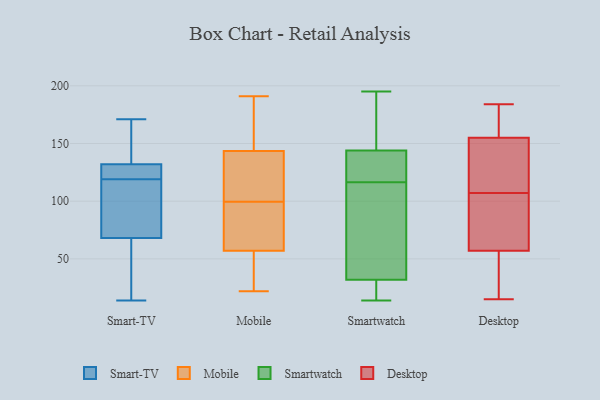
{"axis": {"x": "Humidity (%)", "y": "Value"}, "legend": ["Desktop", "Mobile", "Smart-TV", "Smartwatch"], "data": [{"x": "", "y": 128, "type": "Smart-TV"}, {"x": "", "y": 135, "type": "Smart-TV"}, {"x": "", "y": 54, "type": "Smart-TV"}, {"x": "", "y": 48, "type": "Smart-TV"}, {"x": "", "y": 157, "type": "Smart-TV"}, {"x": "", "y": 132, "type": "Smart-TV"}, {"x": "", "y": 119, "type": "Smart-TV"}, {"x": "", "y": 84, "type": "Smart-TV"}, {"x": "", "y": 171, "type": "Smart-TV"}, {"x": "", "y": 132, "type": "Smart-TV"}, {"x": "", "y": 28, "type": "Smart-TV"}, {"x": "", "y": 119, "type": "Smart-TV"}, {"x": "", "y": 126, "type": "Smart-TV"}, {"x": "", "y": 139, "type": "Smart-TV"}, {"x": "", "y": 105, "type": "Smart-TV"}, {"x": "", "y": 68, "type": "Smart-TV"}, {"x": "", "y": 14, "type": "Smart-TV"}, {"x": "", "y": 100, "type": "Smart-TV"}, {"x": "", "y": 22, "type": "Mobile"}, {"x": "", "y": 36, "type": "Mobile"}, {"x": "", "y": 142, "type": "Mobile"}, {"x": "", "y": 43, "type": "Mobile"}, {"x": "", "y": 66, "type": "Mobile"}, {"x": "", "y": 153, "type": "Mobile"}, {"x": "", "y": 136, "type": "Mobile"}, {"x": "", "y": 62, "type": "Mobile"}, {"x": "", "y": 137, "type": "Mobile"}, {"x": "", "y": 145, "type": "Mobile"}, {"x": "", "y": 99, "type": "Mobile"}, {"x": "", "y": 52, "type": "Mobile"}, {"x": "", "y": 100, "type": "Mobile"}, {"x": "", "y": 71, "type": "Mobile"}, {"x": "", "y": 191, "type": "Mobile"}, {"x": "", "y": 181, "type": "Mobile"}, {"x": "", "y": 14, "type": "Smartwatch"}, {"x": "", "y": 15, "type": "Smartwatch"}, {"x": "", "y": 133, "type": "Smartwatch"}, {"x": "", "y": 144, "type": "Smartwatch"}, {"x": "", "y": 104, "type": "Smartwatch"}, {"x": "", "y": 129, "type": "Smartwatch"}, {"x": "", "y": 32, "type": "Smartwatch"}, {"x": "", "y": 52, "type": "Smartwatch"}, {"x": "", "y": 195, "type": "Smartwatch"}, {"x": "", "y": 183, "type": "Smartwatch"}, {"x": "", "y": 122, "type": "Desktop"}, {"x": "", "y": 75, "type": "Desktop"}, {"x": "", "y": 35, "type": "Desktop"}, {"x": "", "y": 41, "type": "Desktop"}, {"x": "", "y": 170, "type": "Desktop"}, {"x": "", "y": 92, "type": "Desktop"}, {"x": "", "y": 173, "type": "Desktop"}, {"x": "", "y": 57, "type": "Desktop"}, {"x": "", "y": 154, "type": "Desktop"}, {"x": "", "y": 155, "type": "Desktop"}, {"x": "", "y": 76, "type": "Desktop"}, {"x": "", "y": 184, "type": "Desktop"}, {"x": "", "y": 15, "type": "Desktop"}, {"x": "", "y": 140, "type": "Desktop"}]}